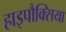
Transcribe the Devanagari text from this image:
हाइपौक्सिया